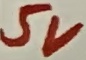
Text: 5V